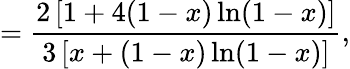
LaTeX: =\frac{2\left[1+4(1-x)\ln(1-x)\right]}{3\left[x+(1-x)\ln(1-x)\right]},